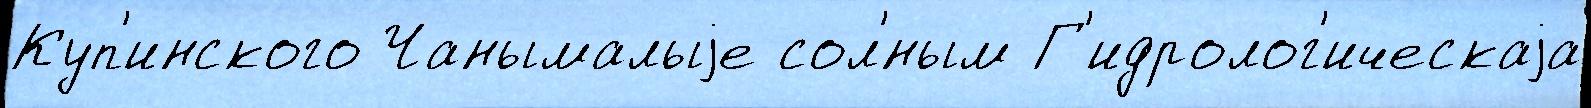
Куп'инского Чанымалыjе сол'́ным Г'идролог'ическаjа